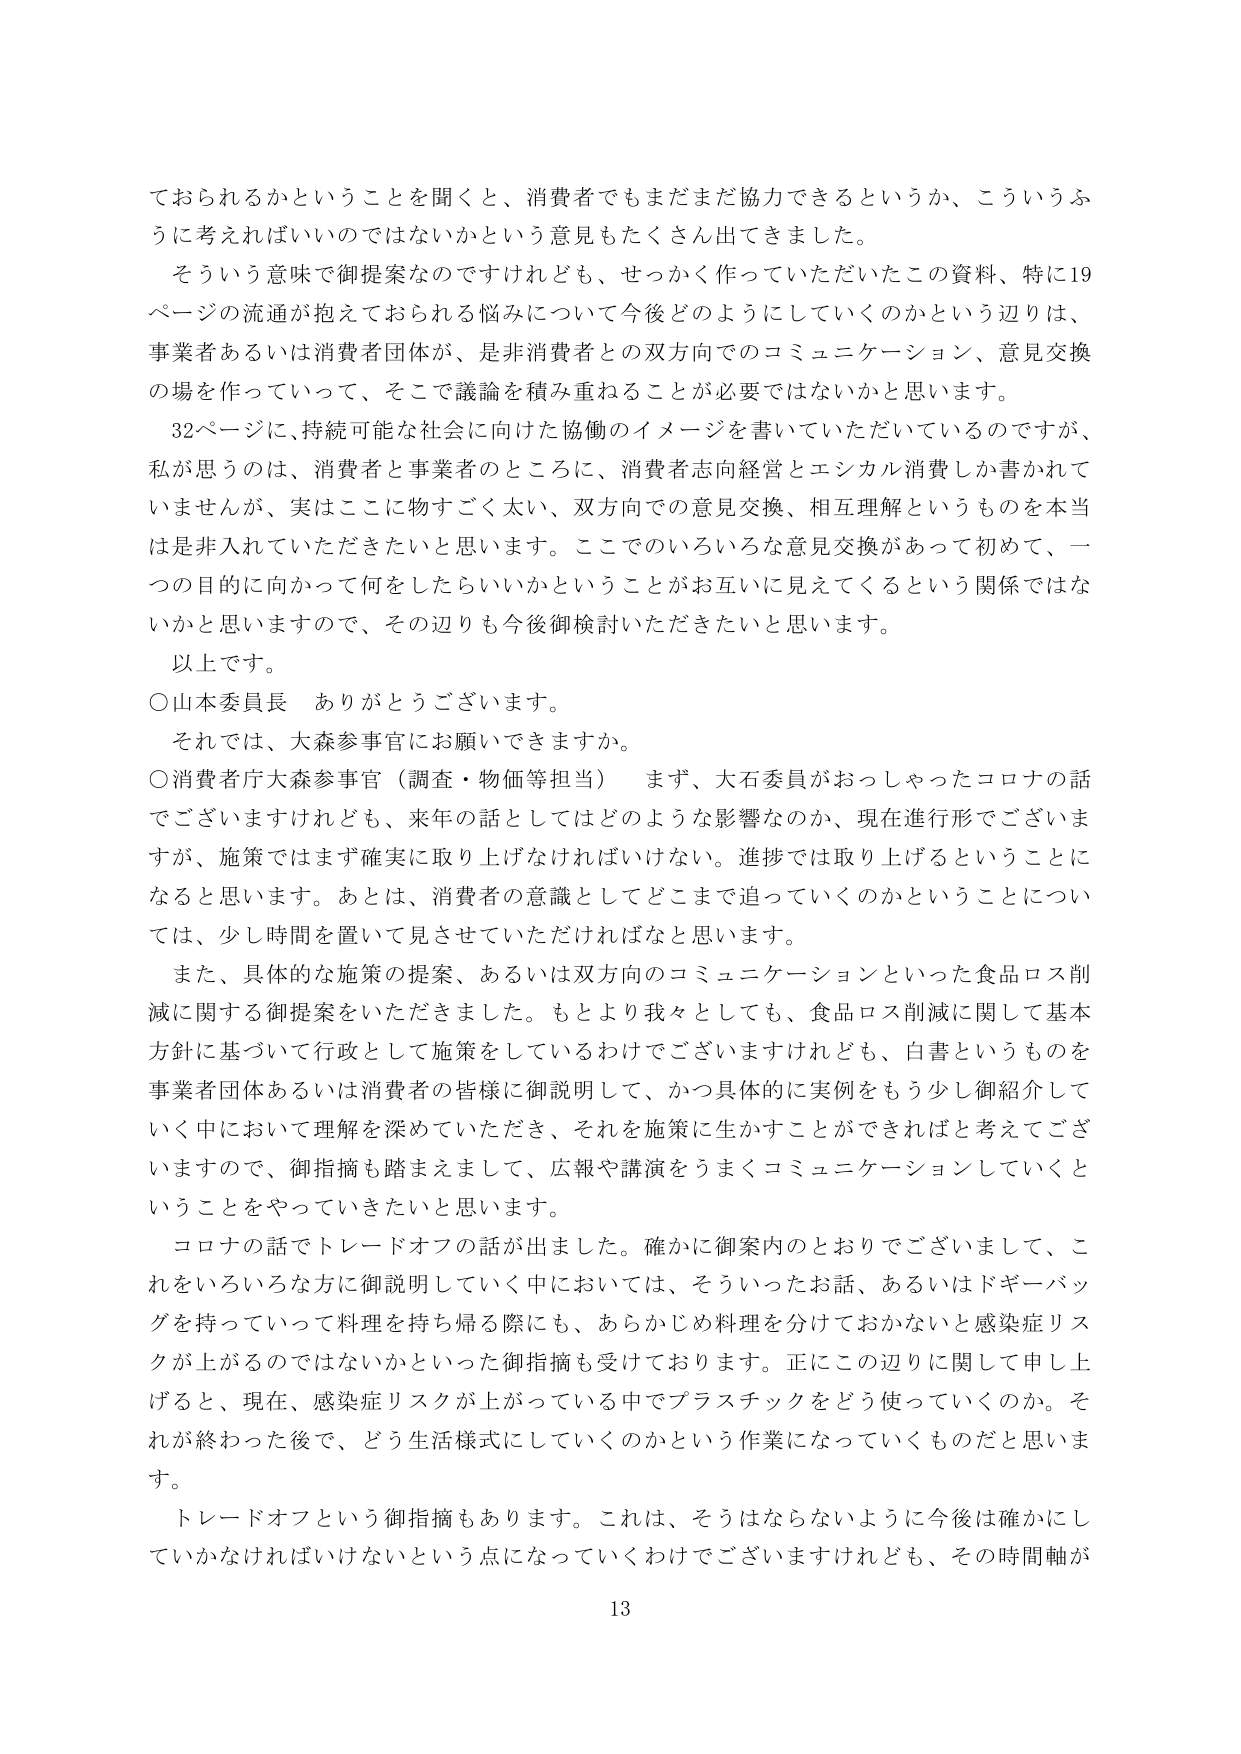
ておられるかということを聞くと、消費者でもまだまだ協力できるというか、こういうふうに考えればいいのではないかという意見もたくさん出てきました。

そういう意味で御提案なのですが、せっかく作っていただいたこの資料、特に19ページの流通が抱えておられる悩みについて今後どのようにしていくのかという辺りは、事業者あるいは消費者団体が、是非消費者との双方向でのコミュニケーション、意見交換の場を作っていって、そこで議論を積み重ねることが必要ではないかと思います。

32ページに、持続可能な社会に向けた協働のイメージを書いていただいているのですが、私が思うのは、消費者と事業者のところに、消費者志向経営とエシカル消費しか書かれていませんが、実はここに物すごく太い、双方向での意見交換、相互理解というものを本当は是非入れていただきたいと思います。ここでのいろいろな意見交換があって初めて、一つの目的に向かって何をしたらいいかということがお互いに見えてくるという関係ではないかと思いますので、その辺りも今後御検討いただきたいと思います。

以上です。

○山本委員長　ありがとうございます。

それでは、大森参事官にお願いできますか。

○消費庁大森参事官（調査・物価等担当）　まず、大石委員がおっしゃったコロナの話でございますけれども、来年の話としてはどのような影響なのか、現在進行形でございますが、施策ではまず確実に取り上げなければならない。進捗では取り上げるということになると思います。あとは、消費者の意識としてどこまで追っていくのかということについては、少し時間を置いて見させていただければなと思います。

また、具体的な施策の提案、あるいは双方向のコミュニケーションといった食品ロス削減に関する御提案をいただきました。もとより我々としても、食品ロス削減に関して基本方針に基づいて行政として施策をしているわけでございますけれども、白書というものを事業者団体あるいは消費者の皆様に御説明して、かつ具体的に実例をもう少し御紹介していく中において理解を深めていただき、それを施策に生かすことができればと考えておりますので、御指摘も踏まえまして、広報や講演をうまくコミュニケーションしていくということをやっていきたいと思います。

コロナの話でトレードオフの話が出ました。確かに御案内のとおりでございまして、これをいろいろな方に御説明していく中においては、そういったお話、あるいはドギーバッグを持っていって料理を持ち帰る際にも、あらかじめ料理を分けておかないと感染症リスクが上がるのではないかといった御指摘も受けております。正にこの辺りに関して申し上げると、現在、感染症リスクが上がっている中でプラスチックをどう使っていくのか。それが終わった後で、どう生活様式にしていくのかという作業になっていくものだと思います。

トレードオフという御指摘もあります。これは、そうはならないように今後は確かにしていかなければならないという点になっていくわけでございますけれども、その時間軸が

13